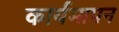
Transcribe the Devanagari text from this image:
कार्यमापन